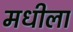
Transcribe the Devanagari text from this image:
मधीला